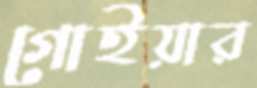
গোইয়ার